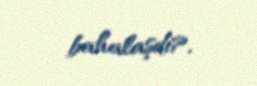
bahalaşdı?.